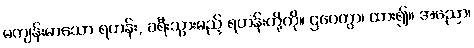
မကျန်းမာသော ရဟန်း, ခရီးသွားမည့် ရဟန်းတို့ကို။ ဌပေတွာ၊ ထား၍။ အညော၊